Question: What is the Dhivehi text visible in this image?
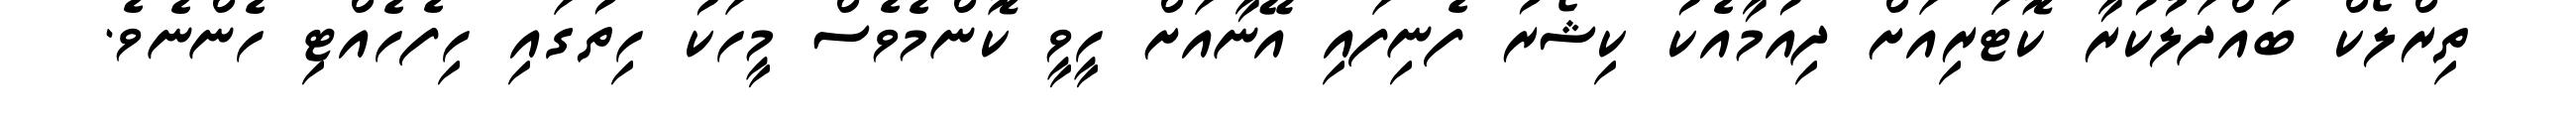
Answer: ތިރްލޯކް ބައްދަލުކުރާ ކޮޓަރިއަށް ދިއުމާއެކު ކިޝޯރު ފެނިފައި އޭނާއަށް ހީވީ ކޮންމެވެސް މީހަކު ހިތުގައި ހިފެހެއްޓި ހެންނެވެ.